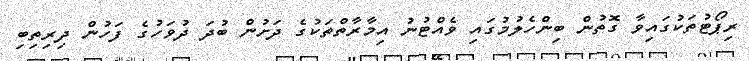
ރިޕޯޓުތަކުގައިވާ ގޮތުން ބިންހެލުމުގައި ވެއްޓުނު އިމާރާތްތަކުގެ ދަށުން ބުދަ ދުވަހުގެ ފަހުން ދިރިތިބި